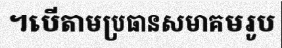
។បើតាមប្រធានសមាគមរូប